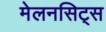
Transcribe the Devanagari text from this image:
मेलनसिट्स